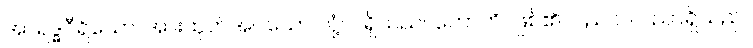
အာရဒ္ဓဝီရိယော၊ အားထုတ်အပ်သော လုံ့လရှိသည်။ ဟောတိ၊ ဖြစ်၏။ ပည ဝါ၊ ပညာရှိသည်။